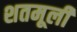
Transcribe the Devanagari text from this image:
शतमूली